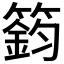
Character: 𥳾